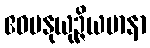
ဧဝမနုယုဉ္ဇိယမာနာ